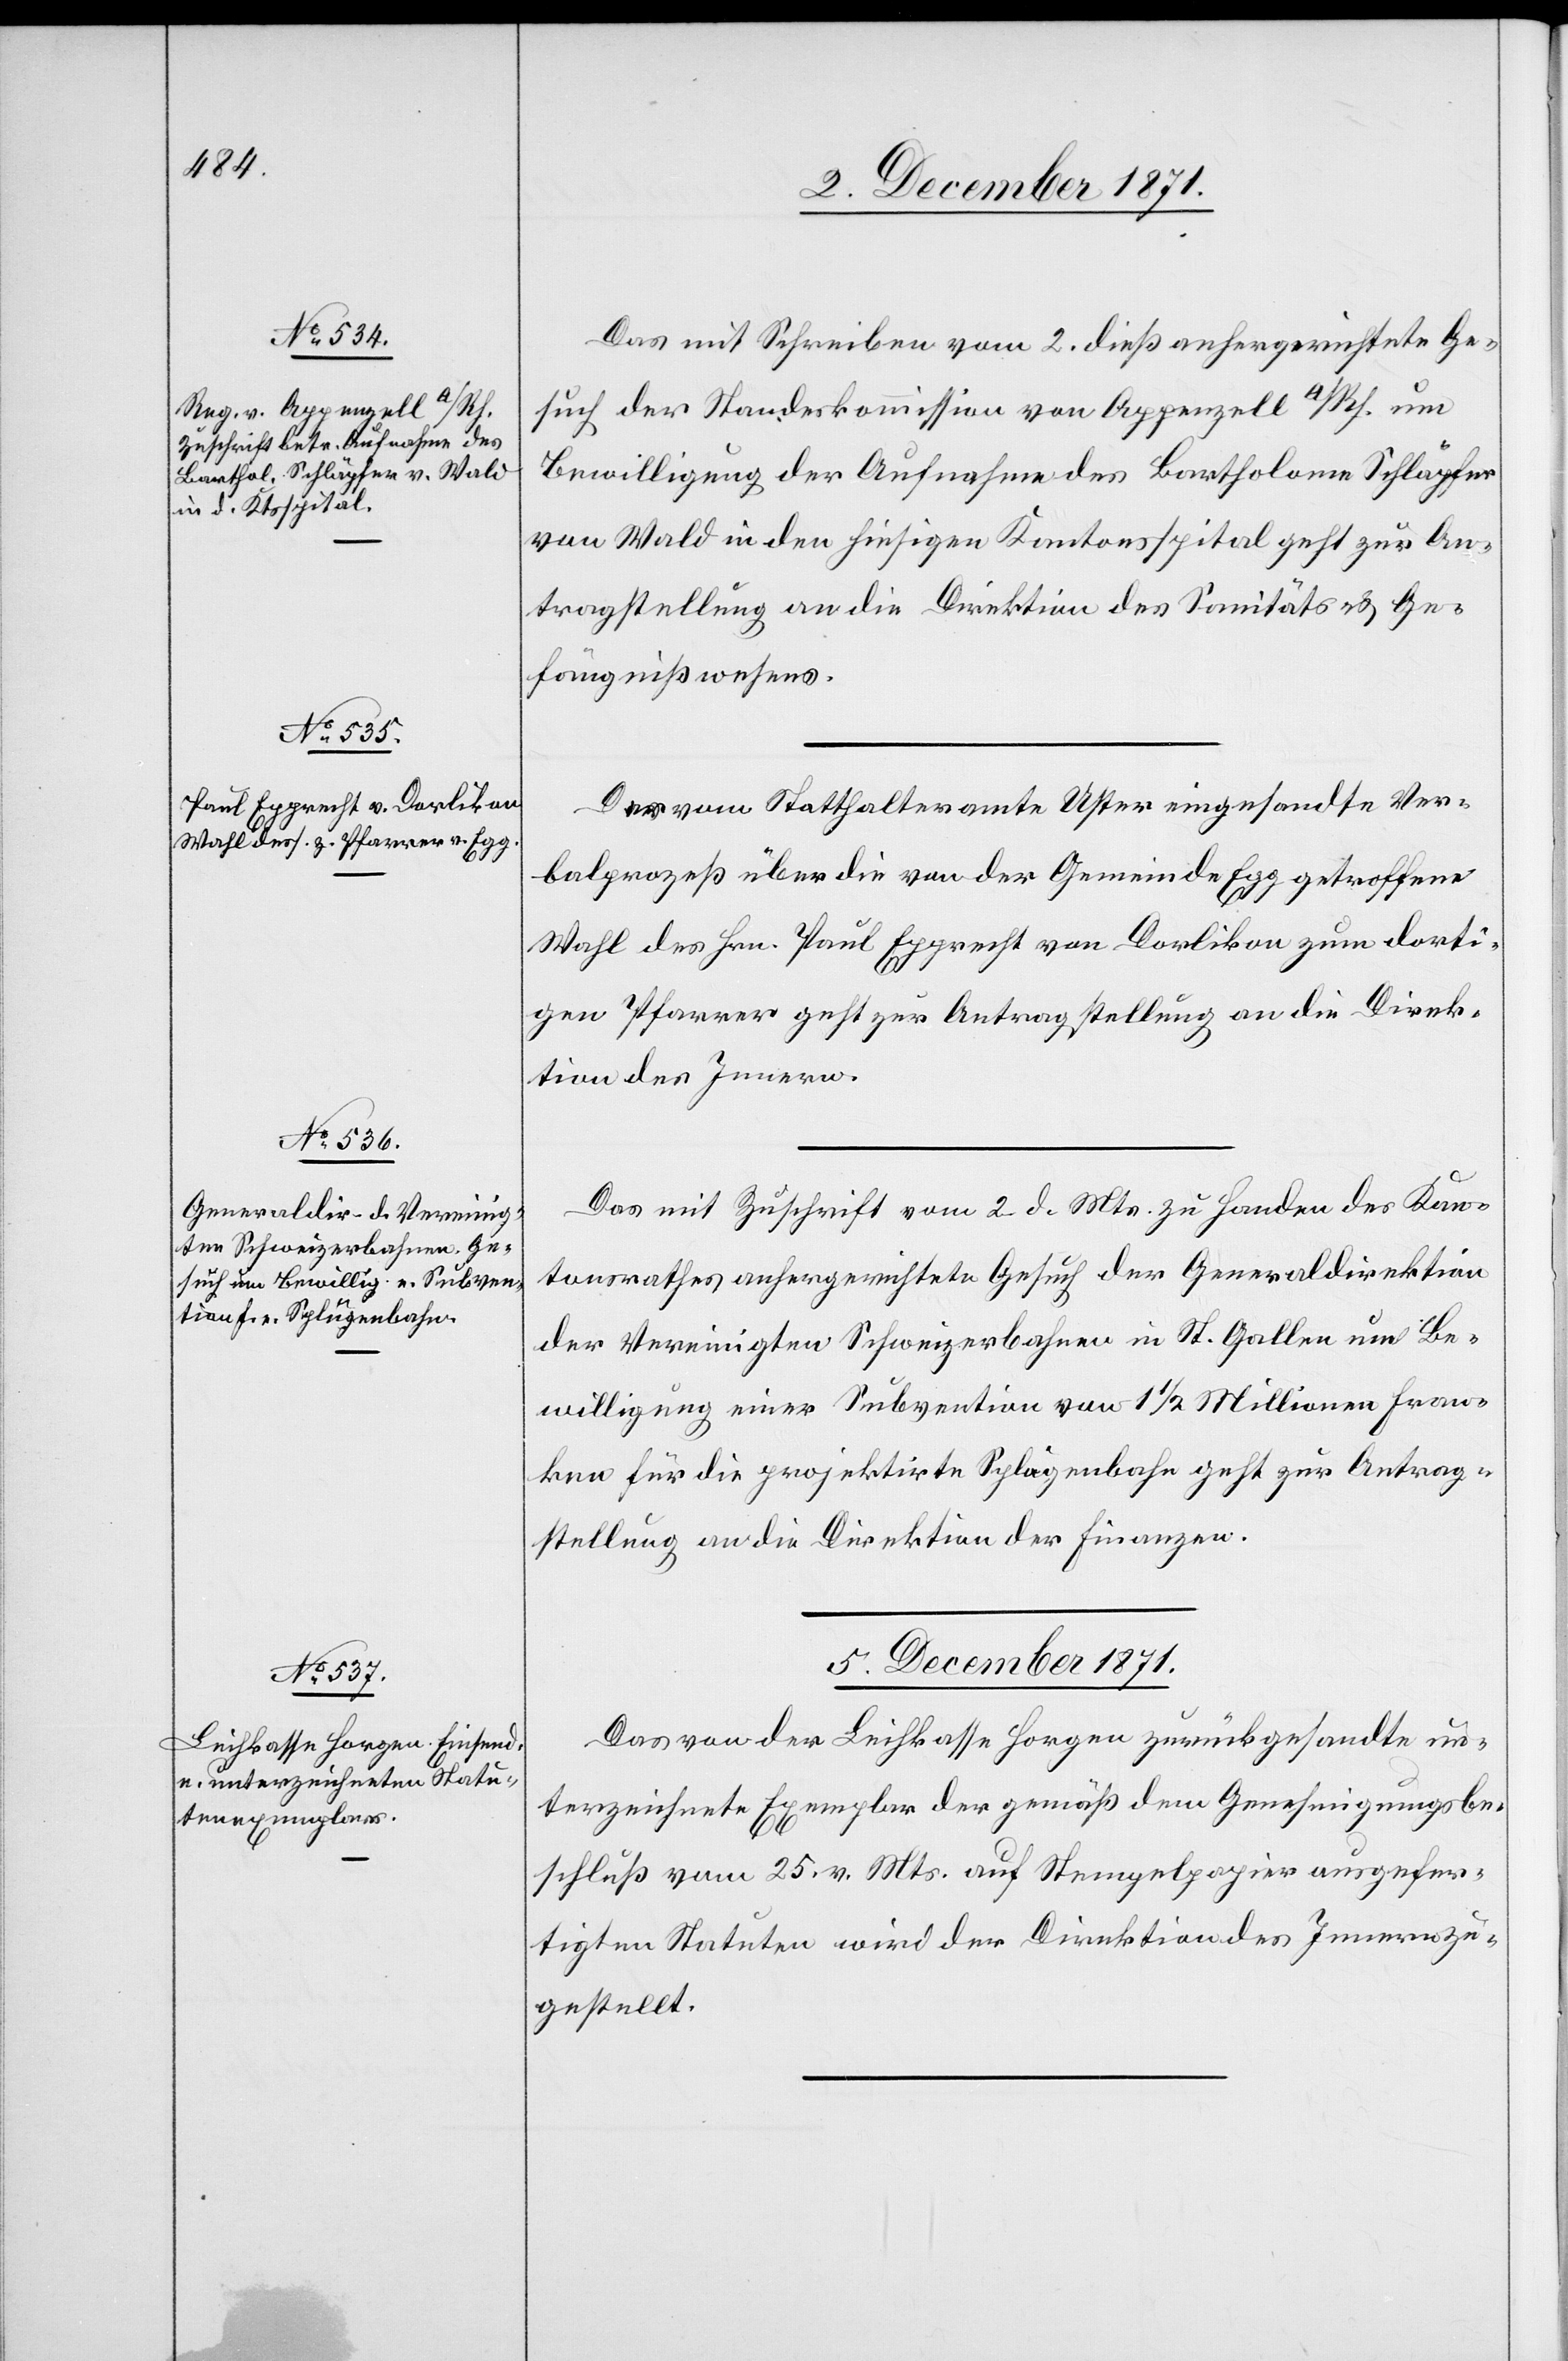
4. December 1871.]
Das mit Schreiben vom 2. dieß anhergerichtete Ge¬
such der Standeskommission von Appenzell a/Rh. um
Bewilligung der Aufnahme des Bartholome Schläpfer
von Wald in den hiesigen Kantonsspital geht zur An¬
tragstellung an die Direktion des Sanitäts- & Ge¬
fängnißwesens.
Der vom Statthalteramte Uster eingesandte Ver¬
balprozeß über die von der Gemeinde Egg getroffene
Wahl des Hrn. Paul Epprecht von Dorlikon zum dorti¬
gen Pfarrer geht zur Antragstellung an die Direk¬
tion des Innern.
Das mit Zuschrift vom 2. d. Mts. zu Handen des Kan¬
tonsrathes anhergerichtete Gesuch der Generaldirektion
der Vereinigten Schweizerbahnen in St. Gallen um Be¬
willigung einer Subvention von 1 1/2 Millionen Fran¬
ken für die projektirte Splügenbahn geht zur Antrag¬
stellung an die Direktion der Finanzen.
5. December 1871.
Das von der Leihkasse Horgen zurückgesandte un¬
terzeichnete Exemplar der gemäß dem Genehmigungsbe¬
schluß vom 25. v. Mts. auf Stempelpapier ausgefer¬
tigten Statuten wird der Direktion des Innern zu¬
gestellt.